Report on the cholera epidemic of
Year: 1868
Disease focus: Cholera
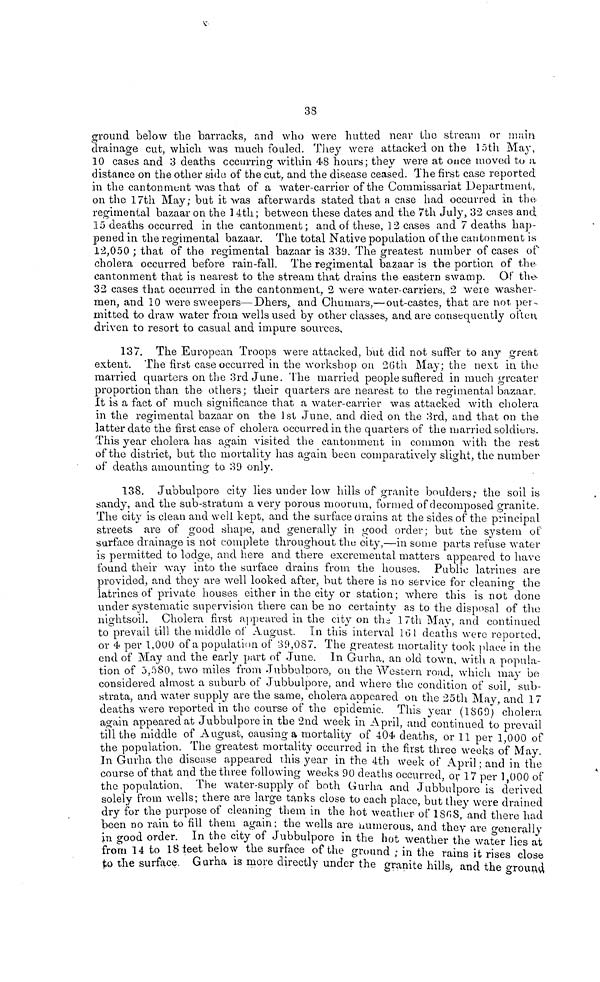
38
ground below the barracks, and who were hutted near the stream or main
drainage cut, which was much fouled. They were attacked on the 15th May,
10 cases and 3 deaths occurring within 48 hours; they were at once moved to α
distance on the other side of the cut, and the disease ceased. The first case reported
in the cantonment was that of a water-carrier of the Commissariat Department,
on the 17th May; but it was afterwards stated that a case had occurred in the-
regimental bazaar on the 14th ; between these dates and the 7th July, 32 cases and
15 deaths occurred in the cantonment ; and of these, 12 cases and 7 deaths hap-
pened in the regimental bazaar. The total Native population of the cantonment is
12,050 ; that of the regimental bazaar is 339. The greatest number of cases of
cholera occurred before rain-fall. The regimental bazaar is the portion of the
cantonment that is nearest to the stream that drains the eastern swamp. Of the
32 cases that occurred in the cantonment, 2 were water-carriers, 2 were washer-
men, and 10 were sweepers—Dhers, and Chumars,—out-castes, that are not per-
mitted to draw water from wells used by other classes, and are consequently often
driven to resort to casual and impure sources.
137. The European Troops were attacked, but did not suffer to any great
extent. The first case occurred in the workshop on 26th May; the next in the
married quarters on the 3rd June. The married people suflered in much greater
proportion than the others; their quarters are nearest to the regimental bazaar.
It is a fact of much significance that a water-carrier was attacked with cholera
in the regimental bazaar on the 1st June, and died on the 3rd, and that on the
latter date the first case of cholera occurred in the quarters of the married soldiers.
This year cholera has again visited the cantonment in common with the rest
of the district, but the mortality has again been comparatively slight, the number
of deaths amounting to 39 only.
138. Jubbulpore city lies under low hills of granite boulders; the soil is
sandy, and the sub-stratum a very porous moorum, formed of decomposed granite.
The city is clean and well kept, and the surface drains at the sides of the principal
streets are of good shape, and generally in good order ; but the system of
surface drainage is not complete throughout the city,—in some parts refuse water
is permitted to lodge, and here and there excremental matters appeared to have
found their way into the surface drains from the houses. Public latrines are
provided, and they are well looked after, but there is no service for cleaning the
latrines of private houses either in the city or station ; where this is not done
under systematic supervision there can be no certainty as to the disposal of the
nightsoil. Cholera first appeared in the city on the 17th May, and continued
to prevail till the middle of August. In this interval 161 deaths were reported,
or 4 per 1,000 of a population of 39,087. The greatest mortality took place in the
end of May and the early part of June. In Gurha, an old town, with a popula-
tion of 5,580, two miles from Jubbulpore, on the Western road, which may be
considered almost a suburb of Jubbulpore, and where the condition of soil, sub-
strata, and water supply are the same, cholera appeared on the 25th May, and 17
deaths were reported in the course of the epidemic. This year (1869) cholera
again appeared at Jubbulpore in the 2nd week in April, and continued to prevail
till the middle of August, causing a mortality of 404 deaths, or 11 per 1,000 of
the population. The greatest mortality occurred in the first three weeks of May.
In Gurha the disease appeared this year in the 4th week of April ; and in the
course of that and the three following weeks 90 deaths occurred, or 17 per 1 000 of
the population, The water-supply of both Gurha and Jubbulpore is derived
solely from wells; there are large tanks close to each place, but they were drained
dry for the purpose of cleaning them in the hot weather of 1868, and there had
been no rain to fill them again ; the wells are numerous, and they are generally
in good order. In the city of Jubbulpore in the hot weather the wafer lies at
from 14 to 18 feet below the surface of the ground ; in the rains it rises close
to the surface Gurha is more directly under the granite hills, and the around